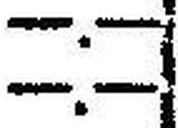
—.—